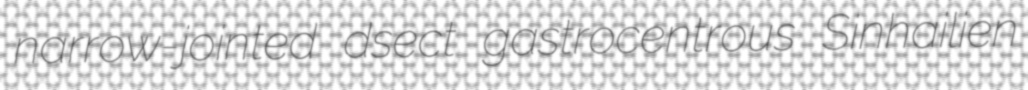
narrow-jointed dsect gastrocentrous Sinhailien